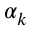
\alpha _ { k }